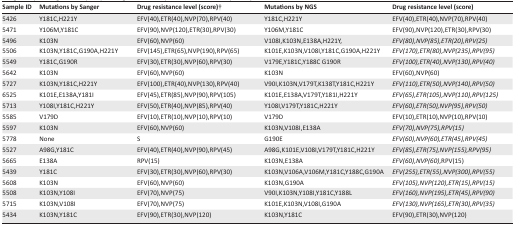
<table><thead><tr><td><b>Sample ID</b></td><td><b>Mutations by Sanger</b></td><td><b>Drug resistance level (score)†</b></td><td><b>Mutations by NGS</b></td><td><b>Drug resistance level (score)</b></td></tr></thead><tbody><tr><td>5426</td><td>Y181C,H221Y</td><td>EFV(40),ETR(40),NVP(70),RPV(40)</td><td>Y181C,H221Y</td><td>EFV(40),ETR(40),NVP(70),RPV(40)</td></tr><tr><td>5471</td><td>Y106M,Y181C</td><td>EFV(90),NVP(120),ETR(30),RPV(30)</td><td>Y106M,Y181C</td><td>EFV(90),NVP(120),ETR(30),RPV(30)</td></tr><tr><td>5496</td><td>K103N</td><td>EFV(60),NVP(60)</td><td>V108I,K103N,E138A,H221Y,</td><td><i>EFV(80),NVP(85),ETR(20),RPV(25)</i></td></tr><tr><td>5506</td><td>K103N,Y181C,G190A,H221Y</td><td>EFV(145),ETR(65),NVP(190),RPV(65)</td><td>K101E,K103N,V108I,Y181C,G190A,H221Y</td><td><i>EFV(170),ETR(80),NVP(235),RPV(95)</i></td></tr><tr><td>5549</td><td>Y181C,G190R</td><td>EFV(30),ETR(30),NVP(60),RPV(30)</td><td>V179E,Y181C,Y188C G190R</td><td><i>EFV(100),ETR(40),NVP(130),RPV(40)</i></td></tr><tr><td>5642</td><td>K103N</td><td>EFV(60),NVP(60)</td><td>K103N</td><td>EFV(60),NVP(60)</td></tr><tr><td>5727</td><td>K103N,Y181C,H221Y</td><td>EFV(100),ETR(40),NVP(130),RPV(40)</td><td>V90I,K103N,V179T,K138T,Y181C,H221Y</td><td><i>EFV(110),ETR(50),NVP(140),RPV(50)</i></td></tr><tr><td>6525</td><td>K101E,E138A,Y181I</td><td>EFV(45),ETR(85),NVP(90),RPV(105)</td><td>K101E,E138A,V179T,Y181I,H221Y</td><td><i>EFV(65),ETR(105),NVP(110),RPV(125)</i></td></tr><tr><td>5713</td><td>Y108I,Y181C,H221Y</td><td>EFV(50),ETR(40),NVP(85),RPV(40)</td><td>Y108I,V179T,Y181C,H221Y</td><td><i>EFV(60),ETR(50),NVP(95),RPV(50)</i></td></tr><tr><td>5585</td><td>V179D</td><td>EFV(10),ETR(10),NVP(10),RPV(10)</td><td>V179D</td><td>EFV(10),ETR(10),NVP(10),RPV(10)</td></tr><tr><td>5597</td><td>K103N</td><td>EFV(60),NVP(60)</td><td>K103N,V108I,E138A</td><td><i>EFV(70),NVP(75),RPV(15)</i></td></tr><tr><td>5778</td><td>None</td><td>S</td><td>G190E</td><td><i>EFV(60),NVP(60),ETR(45),RPV(45)</i></td></tr><tr><td>5527</td><td>A98G,Y181C</td><td>EFV(40),ETR(40),NVP(90),RPV(45)</td><td>A98G,K101E,V108I,V179T,Y181C,H221Y</td><td><i>EFV(85),ETR(75),NVP(155),RPV(95)</i></td></tr><tr><td>5665</td><td>E138A</td><td>RPV(15)</td><td>K103N,E138A</td><td><i>EFV(60),NVP(60)</i>,RPV(15)</td></tr><tr><td>5439</td><td>Y181C</td><td>EFV(30),ETR(30),NVP(60),RPV(30)</td><td>K103N,V106A,V106M,Y181C,Y188C,G190A</td><td><i>EFV(255),ETR(55),NVP(300),RPV(55)</i></td></tr><tr><td>5608</td><td>K103N</td><td>EFV(60),NVP(60)</td><td>K103N,G190A</td><td><i>EFV(105),NVP(120),ETR(15),RPV(15)</i></td></tr><tr><td>5508</td><td>K103N,Y108I</td><td>EFV(70),NVP(75)</td><td>V90I,K103N,Y108I,Y181C,Y188L</td><td><i>EFV(160),NVP(195),ETR(45),RPV(90)</i></td></tr><tr><td>5715</td><td>K103N,V108I</td><td>EFV(70),NVP(75)</td><td>K101E,K103N,V108I,G190A</td><td><i>EFV(130),NVP(165),ETR(30),RPV(35)</i></td></tr><tr><td>5434</td><td>K103N,Y181C</td><td>EFV(90),ETR(30),NVP(120)</td><td>K103N,Y181C</td><td>EFV(90),ETR(30),NVP(120)</td></tr></tbody></table>